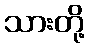
သားတို့